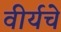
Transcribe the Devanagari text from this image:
वीर्यचे